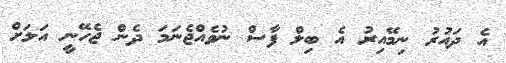
އެ ދައުރު ނިމޭއިރު އެ ބިލް ފާސް ނުވެއްޖެނަމަ ދެން ޖެހޭނީ އަލަށް